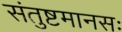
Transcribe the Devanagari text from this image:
संतुष्टमानसः